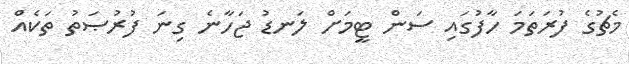
މެޗުގެ ފުރަތަމަ ހާފުގައި ސަން ޓީމަށް ލަނޑު ޖަހާނެ ގިނަ ފުރުޞަތު ތަކެއް